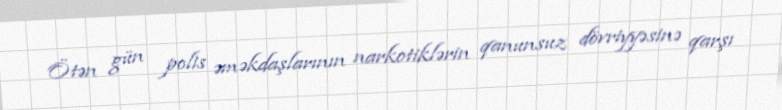
Ötən gün polis əməkdaşlarının narkotiklərin qanunsuz dövriyyəsinə qarşı